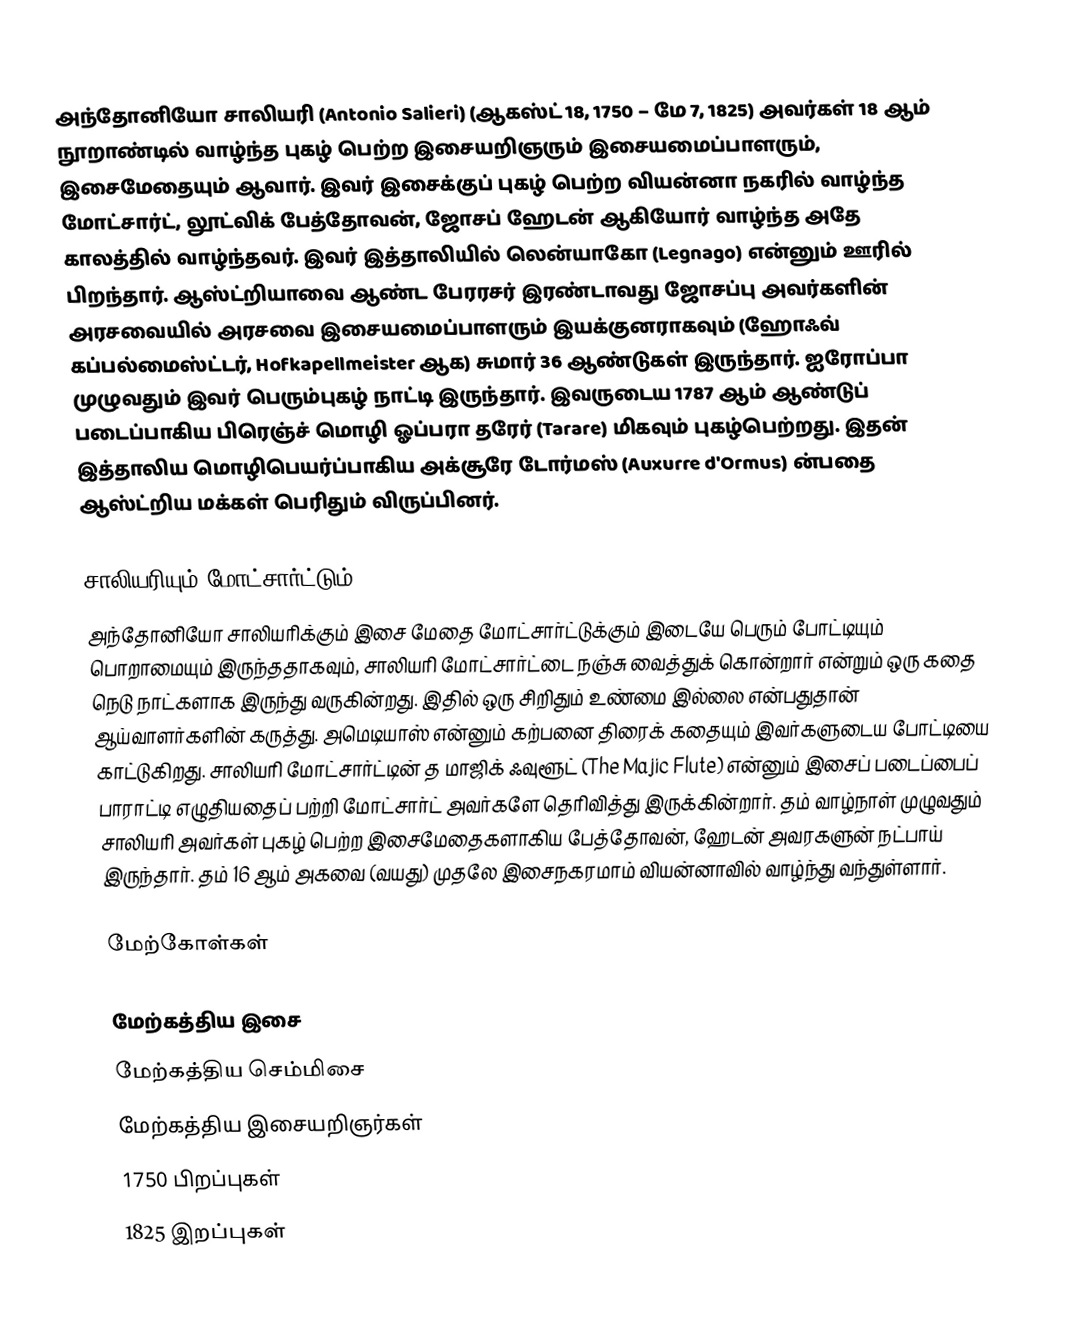
அந்தோனியோ சாலியரி (Antonio Salieri)  (ஆகஸ்ட் 18, 1750 – மே 7, 1825) அவர்கள் 18 ஆம் நூறாண்டில் வாழ்ந்த புகழ் பெற்ற இசையறிஞரும் இசையமைப்பாளரும், இசைமேதையும் ஆவார். இவர் இசைக்குப் புகழ் பெற்ற வியன்னா நகரில் வாழ்ந்த மோட்சார்ட், லூட்விக் பேத்தோவன், ஜோசப் ஹேடன் ஆகியோர் வாழ்ந்த அதே காலத்தில் வாழ்ந்தவர். இவர் இத்தாலியில் லென்யாகோ (Legnago) என்னும் ஊரில் பிறந்தார். ஆஸ்ட்றியாவை ஆண்ட பேரரசர் இரண்டாவது ஜோசப்பு அவர்களின் அரசவையில் அரசவை இசையமைப்பாளரும் இயக்குனராகவும் (ஹோஃவ் கப்பல்மைஸ்ட்டர், Hofkapellmeister ஆக) சுமார் 36 ஆண்டுகள் இருந்தார். ஐரோப்பா முழுவதும் இவர் பெரும்புகழ் நாட்டி இருந்தார். இவருடைய 1787 ஆம் ஆண்டுப் படைப்பாகிய பிரெஞ்ச் மொழி ஓப்பரா தரேர் (Tarare) மிகவும் புகழ்பெற்றது. இதன் இத்தாலிய மொழிபெயர்ப்பாகிய அக்சூரே டோர்மஸ் (Auxurre d'Ormus) ன்பதை ஆஸ்ட்றிய மக்கள் பெரிதும் விருப்பினர்.

சாலியரியும் மோட்சார்ட்டும்
அந்தோனியோ சாலியரிக்கும் இசை மேதை மோட்சார்ட்டுக்கும் இடையே பெரும் போட்டியும் பொறாமையும் இருந்ததாகவும், சாலியரி மோட்சார்ட்டை நஞ்சு வைத்துக் கொன்றார் என்றும் ஒரு கதை நெடு நாட்களாக இருந்து வருகின்றது. இதில் ஒரு சிறிதும் உண்மை இல்லை என்பதுதான் ஆய்வாளர்களின் கருத்து. அமெடியாஸ் என்னும் கற்பனை திரைக் கதையும் இவர்களுடைய போட்டியை காட்டுகிறது. சாலியரி மோட்சார்ட்டின் த மாஜிக் ஃவுளூட் (The Majic Flute) என்னும் இசைப் படைப்பைப் பாராட்டி எழுதியதைப் பற்றி மோட்சார்ட் அவர்களே தெரிவித்து இருக்கின்றார். தம் வாழ்நாள் முழுவதும் சாலியரி அவர்கள் புகழ் பெற்ற இசைமேதைகளாகிய பேத்தோவன்,  ஹேடன் அவரகளுன் நட்பாய் இருந்தார். தம் 16 ஆம் அகவை (வயது) முதலே இசைநகரமாம் வியன்னாவில் வாழ்ந்து வந்துள்ளார்.

மேற்கோள்கள்

மேற்கத்திய இசை
மேற்கத்திய செம்மிசை
மேற்கத்திய இசையறிஞர்கள்
1750 பிறப்புகள்
1825 இறப்புகள்